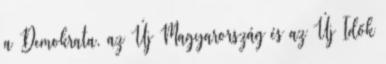
a Demokra­ta, az Új Magyarország és az Új Idők